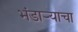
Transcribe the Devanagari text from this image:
भंडार्‍याचा